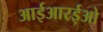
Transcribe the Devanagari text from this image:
आईआरईओ